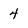
Character: 4